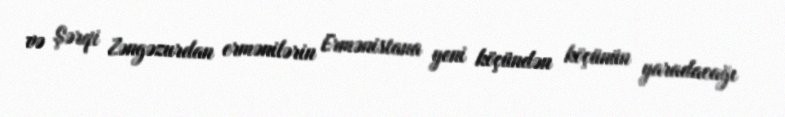
və Şərqi Zəngəzurdan ermənilərin Ermənistana yeni köçündən köçünün yaradacağı